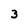
Character: 3